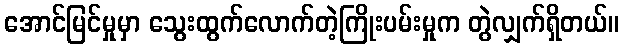
အောင်မြင်မှုမှာ သွေးထွက်လောက်တဲ့ကြိုးပမ်းမှုက တွဲလျှက်ရှိတယ်။